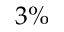
3 \%